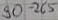
Text: 90-265